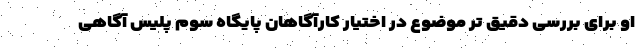
او برای بررسی دقیق تر موضوع در اختیار کارآگاهان پایگاه سوم پلیس آگاهی